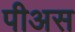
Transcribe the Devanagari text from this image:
पीअस